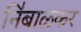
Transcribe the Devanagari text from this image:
नि॑बाळकर